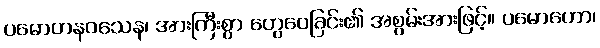
ပမောဟနဝသေန၊ အားကြီးစွာ တွေဝေခြင်း၏ အစွမ်းအားဖြင့်။ ပမောဟော၊